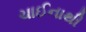
ચાઈનાથી